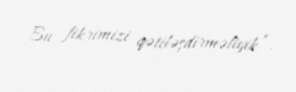
Bu fikrimizi qətiləşdirməliyik”.